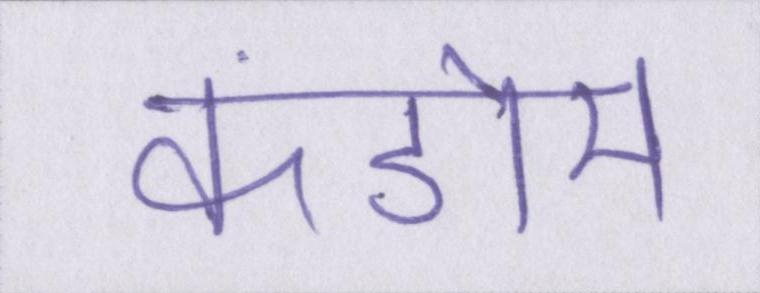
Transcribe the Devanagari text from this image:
कंडोम